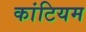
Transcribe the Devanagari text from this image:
कांटियम